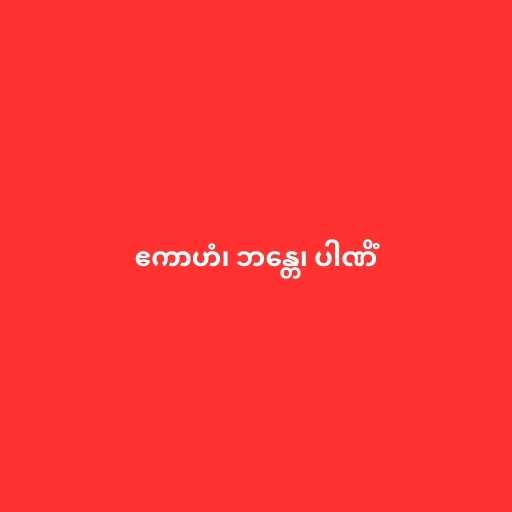
ဧကာဟံ၊ ဘန္တေ၊ ပါဏိံ